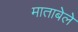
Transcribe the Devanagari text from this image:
माताबेले